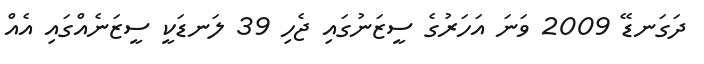
ދަގަނޑޭ 2009 ވަނަ އަހަރުގެ ސީޒަނުގައި ޖެހި 39 ލަނޑަކީ ސީޒަނެއްގައި އެއް